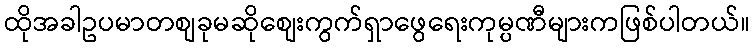
ထိုအခါဥပမာတစျခုမဆိုစျေးကွက်ရှာဖွေရေးကုမ္ပဏီများကဖြစ်ပါတယ်။